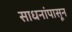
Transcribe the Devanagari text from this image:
साधनांपासून